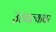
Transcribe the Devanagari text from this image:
उठवल्यावर